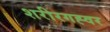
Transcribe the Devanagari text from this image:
शरीरगह्वर